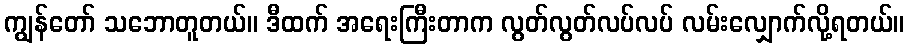
ကျွန်တော် သဘောတူတယ်။ ဒီထက် အရေးကြီးတာက လွတ်လွတ်လပ်လပ် လမ်းလျှောက်လို့ရတယ်။